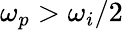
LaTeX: \omega_{p}>\omega_{i}/2